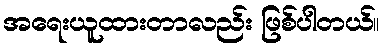
အရေးယူထားတာလည်း ဖြစ်ပါတယ်။